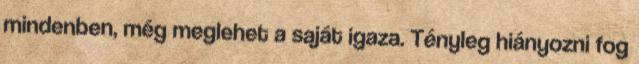
mindenben, még meglehet a saját igaza. Tényleg hiányozni fog